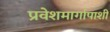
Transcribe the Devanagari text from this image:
प्रवेशमार्गापाशी